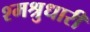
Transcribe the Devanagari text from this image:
श्मश्रुधारी